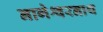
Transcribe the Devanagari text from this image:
नागेश्वरनाथ